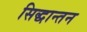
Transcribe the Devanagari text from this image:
सिद्धान्तन